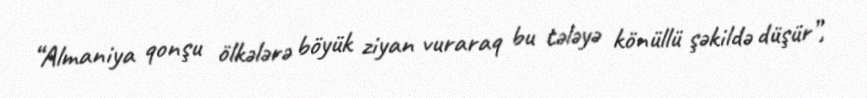
“Almaniya qonşu ölkələrə böyük ziyan vuraraq bu tələyə könüllü şəkildə düşür”,